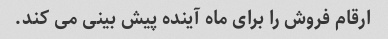
ارقام فروش را برای ماه آینده پیش بینی می کند.